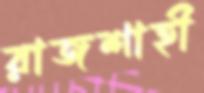
রাজশাহী